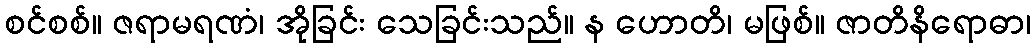
စင်စစ်။ ဇရာမရဏံ၊ အိုခြင်း သေခြင်းသည်။ န ဟောတိ၊ မဖြစ်။ ဇာတိနိရောဓာ၊